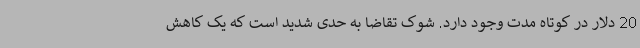
20 دلار در کوتاه مدت وجود دارد. شوک تقاضا به حدی شدید است که یک کاهش